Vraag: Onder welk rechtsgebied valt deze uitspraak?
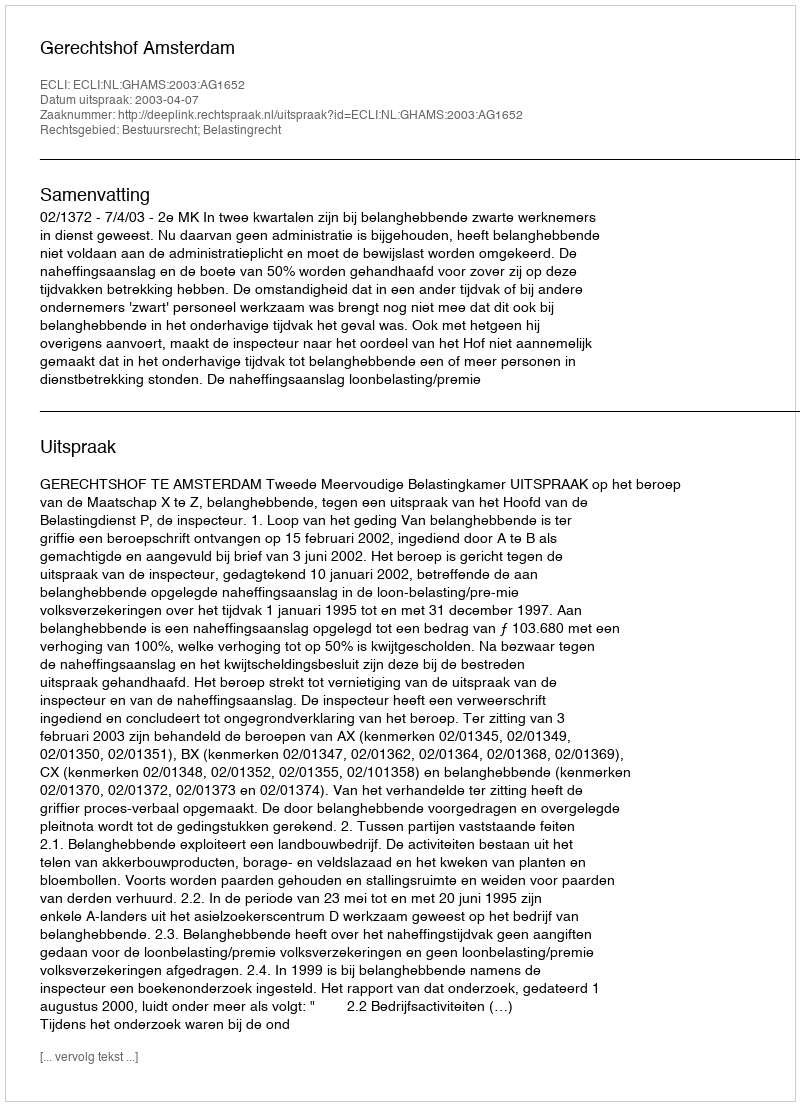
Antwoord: Bestuursrecht; Belastingrecht